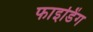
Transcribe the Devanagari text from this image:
फाइडिंग